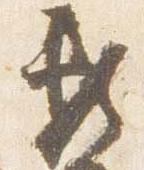
頼